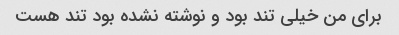
برای من خیلی تند بود و نوشته نشده بود تند هست